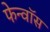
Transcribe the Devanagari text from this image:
फेन्‍वॉस